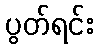
ပွတ်ရင်း